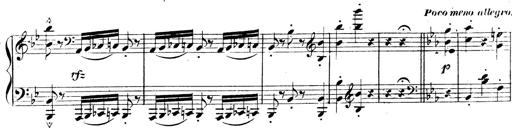
Title: 3 Caprices-Valses
Composer: Franz Liszt